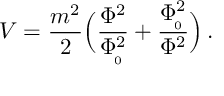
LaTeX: V = { \frac { m ^ { 2 } } { 2 } } \Big ( { \frac { \Phi ^ { 2 } } { \Phi _ { \! _ { 0 } } ^ { 2 } } } + { \frac { \Phi _ { \! _ { 0 } } ^ { 2 } } { \Phi ^ { 2 } } } \Big ) \, .